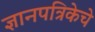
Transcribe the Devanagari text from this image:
ज्ञानपत्रिकेचे